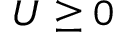
U \geq 0